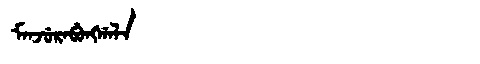
Manchu: ᠮᠠᠨᠵᡠᡵᠠᠪᡠᠩᡤᠠᠯᠠ
Romanization: MANJURABUNGGALA